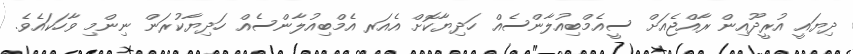
ދިޔައީ އުރީދޫއިން ރާއްޖެއަށް ސީއެމްބިއުލާންސެއް ހަދިޔާކޮށް އެއަރ އެމްބިއުލާންސެއް ހަދިޔާކުރަން ނިންމި ވާހަކައެވެ.